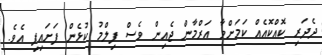
ދެދަރި ކޮއްކޮއެއް ކަމަށްވާ އަރްމާން ޖެއިން ވެސް ފިލްމު ކުޅެން ފަށައިފި އެވެ.